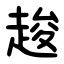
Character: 䞭